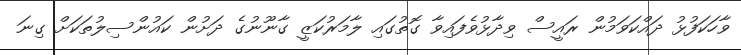
ވާހަކަފުޅު ދައްކަވަމުން ރައީސް ވިދާޅުވެފައިވާ ގޮތުގައި ލާމަރުކަޒީ ގާނޫނުގެ ދަށުން ކައުންސިލުތަކަށް ގިނަ